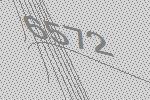
6572